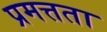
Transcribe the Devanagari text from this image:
प्रमत्तता